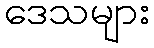
ဒေသများ